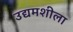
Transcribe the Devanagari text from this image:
उद्यमशीला